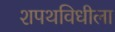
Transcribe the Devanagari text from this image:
शपथविधीला